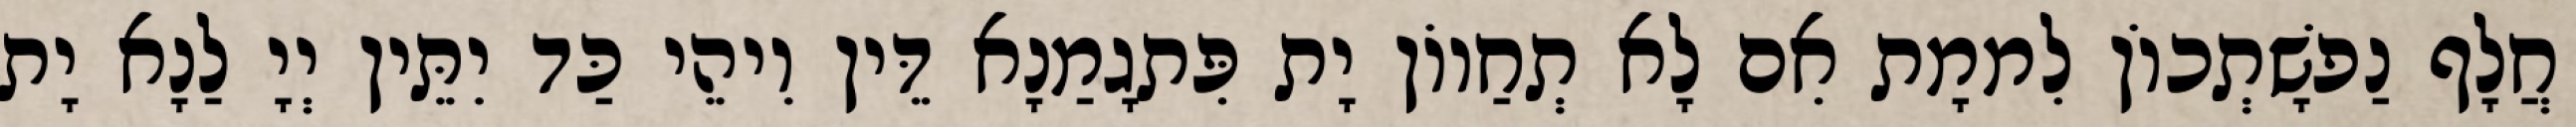
חֲלָף נַפשָׁתְכוֹן לִממָת אִם לָא תְחַווֹן יָת פִּתגָמַנָא דֵּין וִיהֵי כַּד יִתֵּין יְיָ לַנָא יָת